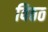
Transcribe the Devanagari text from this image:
विठठ